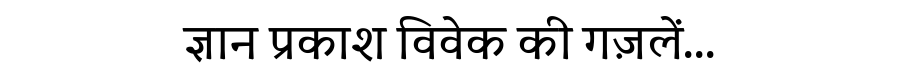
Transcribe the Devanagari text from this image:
ज्ञान प्रकाश विवेक की गज़लें...